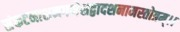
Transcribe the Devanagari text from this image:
संकटनाशनगणेशद्वादशनामस्तोत्रम्।।